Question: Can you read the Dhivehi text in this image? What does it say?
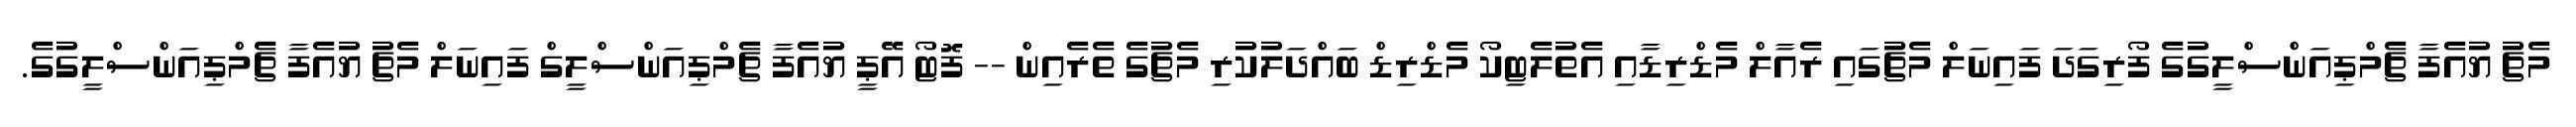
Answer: މެޗު ޔުއެފާ ޗެމްޕިއަންސްލީގުގެ ފޯރިގަދަ ފައިނަލް މެޗުގައި ރެއާލް މެޑްރިޑާއި އެތުލެޓިކޯ މެޑްރިޑް ބައްދަލުކުރި މެޗުގެ ތެރެއިން -- ފޮޓޯ އޭޕީ ޔުއެފާ ޗެމްޕިއަންސްލީގް ފައިނަލް މެޗު ޔުއެފާ ޗެމްޕިއަންސްލީގުގެ.